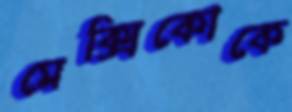
মেক্সিকোকে